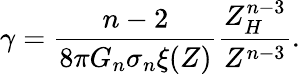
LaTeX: \gamma=\frac{n-2}{8\pi G_{n}\sigma_{n}\xi(Z)}\frac{Z_{H}^{n-3}}{Z^{n-3}}.